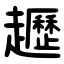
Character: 䟐